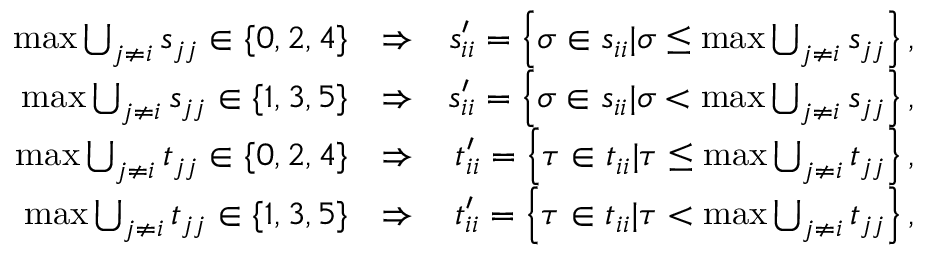
\begin{array} { r l r } { \operatorname* { m a x } \bigcup _ { j \neq i } s _ { j j } \in \{ 0 , 2 , 4 \} } & { \Rightarrow } & { s _ { i i } ^ { \prime } = \left\{ \sigma \in s _ { i i } | \sigma \le \operatorname* { m a x } \bigcup _ { j \neq i } s _ { j j } \right\} , } \\ { \operatorname* { m a x } \bigcup _ { j \neq i } s _ { j j } \in \{ 1 , 3 , 5 \} } & { \Rightarrow } & { s _ { i i } ^ { \prime } = \left\{ \sigma \in s _ { i i } | \sigma < \operatorname* { m a x } \bigcup _ { j \neq i } s _ { j j } \right\} , } \\ { \operatorname* { m a x } \bigcup _ { j \neq i } t _ { j j } \in \{ 0 , 2 , 4 \} } & { \Rightarrow } & { t _ { i i } ^ { \prime } = \left\{ \tau \in t _ { i i } | \tau \le \operatorname* { m a x } \bigcup _ { j \neq i } t _ { j j } \right\} , } \\ { \operatorname* { m a x } \bigcup _ { j \neq i } t _ { j j } \in \{ 1 , 3 , 5 \} } & { \Rightarrow } & { t _ { i i } ^ { \prime } = \left\{ \tau \in t _ { i i } | \tau < \operatorname* { m a x } \bigcup _ { j \neq i } t _ { j j } \right\} , } \end{array}